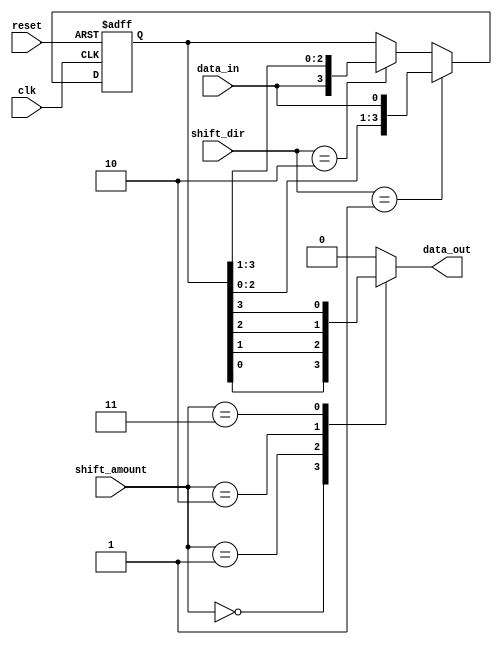
module universal_shift_register (
    input wire clk,
    input wire reset,
    input wire [1:0] shift_dir, // 00: no shift, 01: shift left, 10: shift right
    input wire [3:0] shift_amount,
    input wire data_in,
    output reg data_out
);

reg [3:0] shift_reg;

always @(posedge clk or posedge reset) begin
    if (reset) begin
        shift_reg <= 0;
    end else begin
        if (shift_dir == 2'b01) begin // left shift
            shift_reg <= {shift_reg[2:0], data_in};
        end else if (shift_dir == 2'b10) begin // right shift
            shift_reg <= {data_in, shift_reg[3:1]};
        end
    end
end

always @* begin
    case (shift_amount)
        4'b0000: data_out = shift_reg[0];
        4'b0001: data_out = shift_reg[1];
        4'b0010: data_out = shift_reg[2];
        4'b0011: data_out = shift_reg[3];
        // Add more cases for additional shift amounts
        default: data_out = 0;
    endcase
end

endmodule